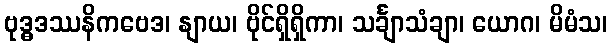
ဗုဒ္ဓဒဿနိကဗေဒ၊ နျာယ၊ ဗိုင်ရှိရှိကာ၊ သင်္ချာသံချာ၊ ယောဂ၊ မိမံသ၊